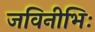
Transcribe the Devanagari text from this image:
जविनीभिः